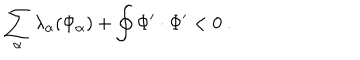
\sum _ { \alpha } \lambda _ { \alpha } ( \Phi _ { \alpha } ) + \oint \Phi ^ { \prime } \cdot \Phi ^ { \prime } < 0 \ .